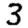
Digit: 3